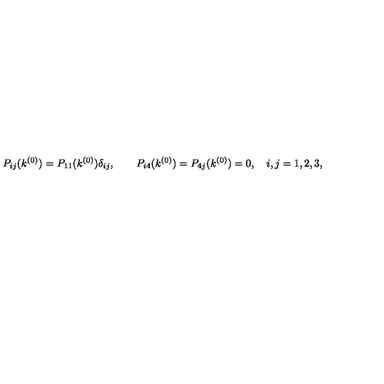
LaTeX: P _ { i j } ( k ^ { ( 0 ) } ) = P _ { 1 1 } ( k ^ { ( 0 ) } ) \delta _ { i j } , \qquad P _ { i 4 } ( k ^ { ( 0 ) } ) = P _ { 4 j } ( k ^ { ( 0 ) } ) = 0 , \quad i , j = 1 , 2 , 3 ,